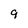
Character: 9